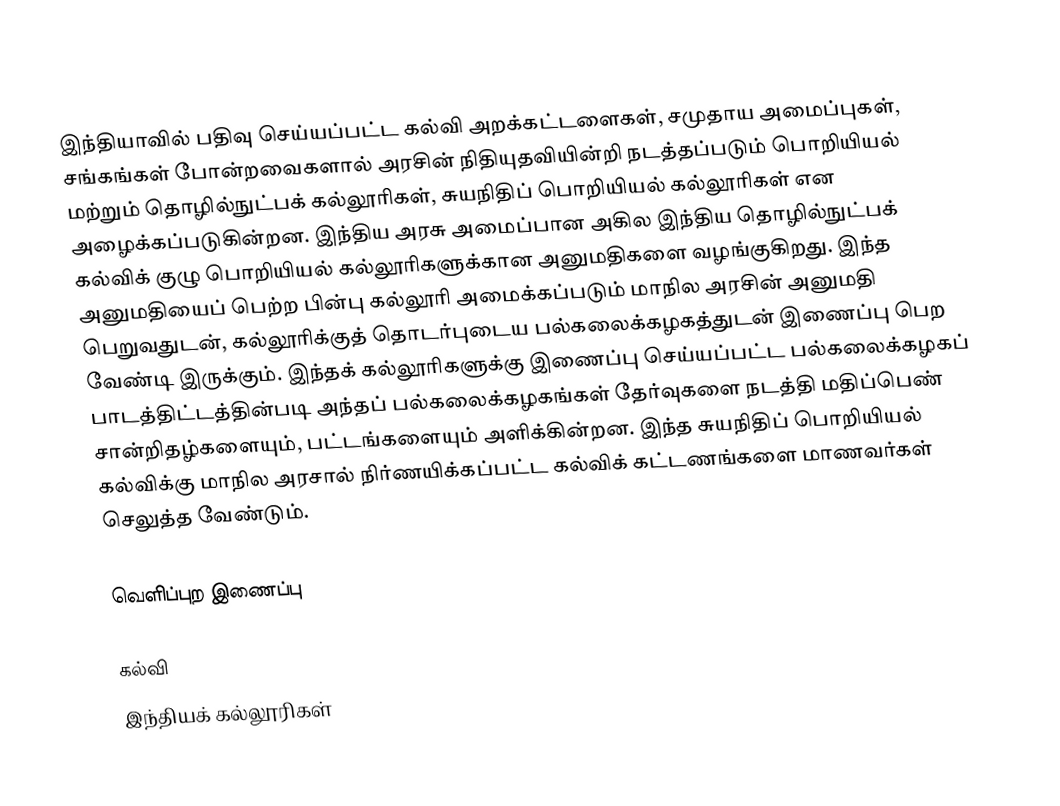
இந்தியாவில் பதிவு செய்யப்பட்ட கல்வி அறக்கட்டளைகள், சமுதாய அமைப்புகள், சங்கங்கள் போன்றவைகளால் அரசின் நிதியுதவியின்றி நடத்தப்படும் பொறியியல் மற்றும் தொழில்நுட்பக் கல்லூரிகள், சுயநிதிப் பொறியியல் கல்லூரிகள் என அழைக்கப்படுகின்றன. இந்திய அரசு அமைப்பான அகில இந்திய தொழில்நுட்பக் கல்விக் குழு பொறியியல் கல்லூரிகளுக்கான அனுமதிகளை வழங்குகிறது. இந்த அனுமதியைப் பெற்ற பின்பு கல்லூரி அமைக்கப்படும் மாநில அரசின் அனுமதி பெறுவதுடன், கல்லூரிக்குத் தொடர்புடைய பல்கலைக்கழகத்துடன் இணைப்பு பெற வேண்டி இருக்கும். இந்தக் கல்லூரிகளுக்கு இணைப்பு செய்யப்பட்ட பல்கலைக்கழகப் பாடத்திட்டத்தின்படி அந்தப் பல்கலைக்கழகங்கள் தேர்வுகளை நடத்தி மதிப்பெண் சான்றிதழ்களையும், பட்டங்களையும் அளிக்கின்றன. இந்த சுயநிதிப் பொறியியல் கல்விக்கு மாநில அரசால் நிர்ணயிக்கப்பட்ட கல்விக் கட்டணங்களை மாணவர்கள் செலுத்த வேண்டும்.

வெளிப்புற இணைப்பு

கல்வி
இந்தியக் கல்லூரிகள்